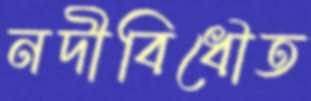
নদীবিধৌত